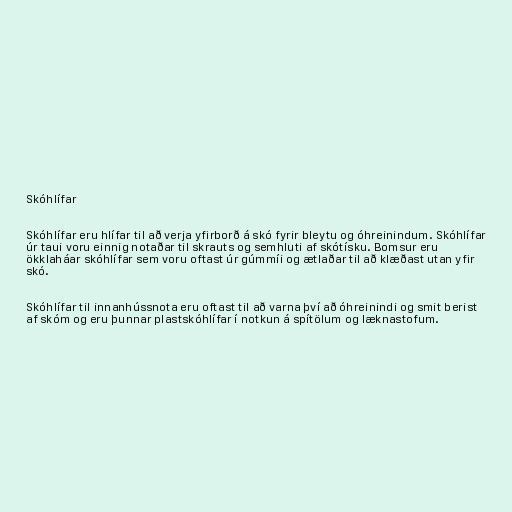
Skóhlífar

Skóhlífar eru hlífar til að verja yfirborð á skó fyrir bleytu og óhreinindum. Skóhlífar
úr taui voru einnig notaðar til skrauts og semhluti af skótísku. Bomsur eru
ökklaháar skóhlífar sem voru oftast úr gúmmíi og ætlaðar til að klæðast utan yfir
skó.

Skóhlífar til innanhússnota eru oftast til að varna því að óhreinindi og smit berist
af skóm og eru þunnar plastskóhlífar í notkun á spítölum og læknastofum.